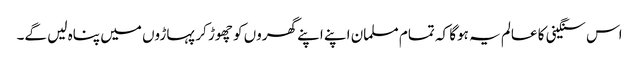
اس سنگینی کا عالم یہ ہوگا کہ تمام مسلمان اپنے اپنے گھروں کو چھوڑ کر پہاڑوں میں پناہ لیں گے۔